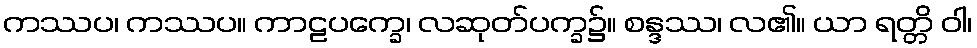
ကဿပ၊ ကဿပ။ ကာဠပက္ခေ၊ လဆုတ်ပက္ခ၌။ စန္ဒဿ၊ လ၏။ ယာ ရတ္တိ ဝါ၊